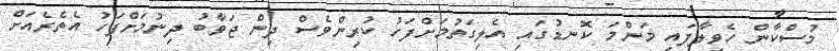
މުސްކާން ހެވިލާފައި މަންމަ ކޮނޑުގައި އެލިގަތުމަށްފަހު ކުރިންވެސް ދިން ޖަވާބު ދިނުމަށްފަހު އެތެރެއަށް